Report on vaccination in the Province of Bengal - 1869-1873
Year: 1869
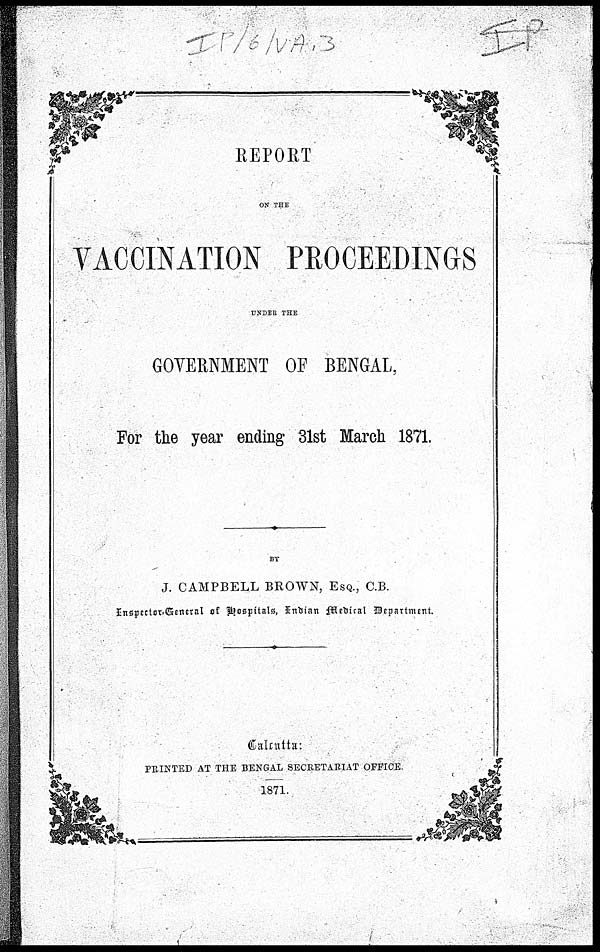
REPORT
ON THE
VACCINATION PROCEEDINGS
UNDER THE
GOVERNMENT OF BENGAL,
For the year ending 31st March 1871.
BY
J. CAMPBELL BROWN, ESQ., C.B.
Inspector General of Hospitals, Indian Medical Department.
Calcutta:
PRINTED AT THE BENGAL SECRETARIAT OFFICE.
1871.